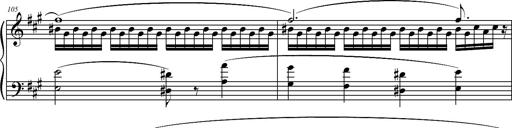
Title: 2 LÃ©gendes
Composer: Franz Liszt